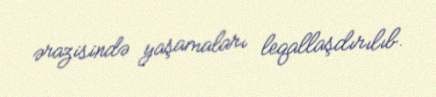
ərazisində yaşamaları leqallaşdırılıb.